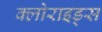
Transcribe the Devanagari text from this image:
क्लोराइड्स